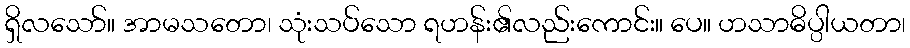
ရှိလသော်။ အာမသတော၊ သုံးသပ်သော ရဟန်း၏လည်းကောင်း။ ပေ။ ဟသာဓိပ္ပါယတာ၊